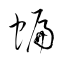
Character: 蝙